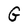
Character: G